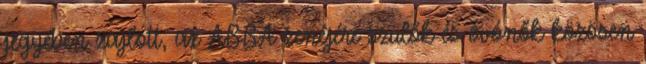
jegyében zajlott, az ABBA zenéjére szülők és óvónők közösen